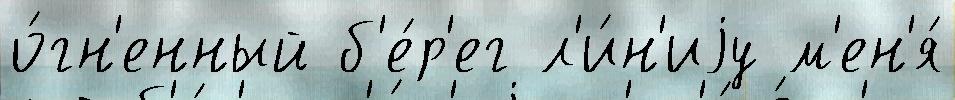
о́гн'енный б'е́р'ег л'и́н'иjу м'ен'я́